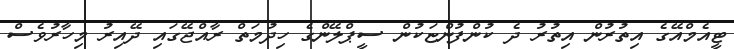
ޓީއެމްއޭގެ އިތުރުން އިތުރު ދެ ކުންފުންޏަކުން ސީޕްލޭންގެ ހިދުމަތް ރާއްޖޭގައި ދޭއިރު މިހާރުވެސް